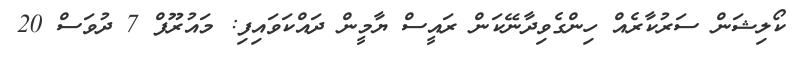
ކޯލިޝަން ސަރުކާރެއް ހިންގެވިދާނޭކަން ރައީސް ޔާމީން ދައްކަވައިފި: މައުރޫފް 7 ދުވަސް 20